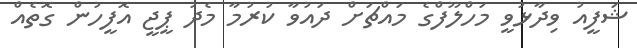
ޝަފީއު ވިދާޅުވީ މަހްލޫފްގެ މައްޗަށް ދައުވާ ކުރުމާ މެދު ޕީޖީ އޮފީހުން ގޮތެއް